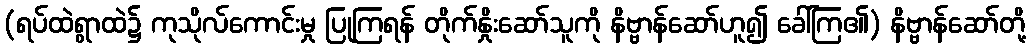
(ရပ်ထဲရွာထဲ၌ ကုသိုလ်ကောင်းမှု ပြုကြရန် တိုက်နှိုးဆော်သူကို နိဗ္ဗာန်ဆော်ဟူ၍ ခေါ်ကြ၏) နိဗ္ဗာန်ဆော်တို့